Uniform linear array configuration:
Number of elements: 32
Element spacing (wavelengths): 0.75
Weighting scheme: uniform
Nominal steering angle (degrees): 30
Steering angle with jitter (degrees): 29.823
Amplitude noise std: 0.05
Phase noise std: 0.05

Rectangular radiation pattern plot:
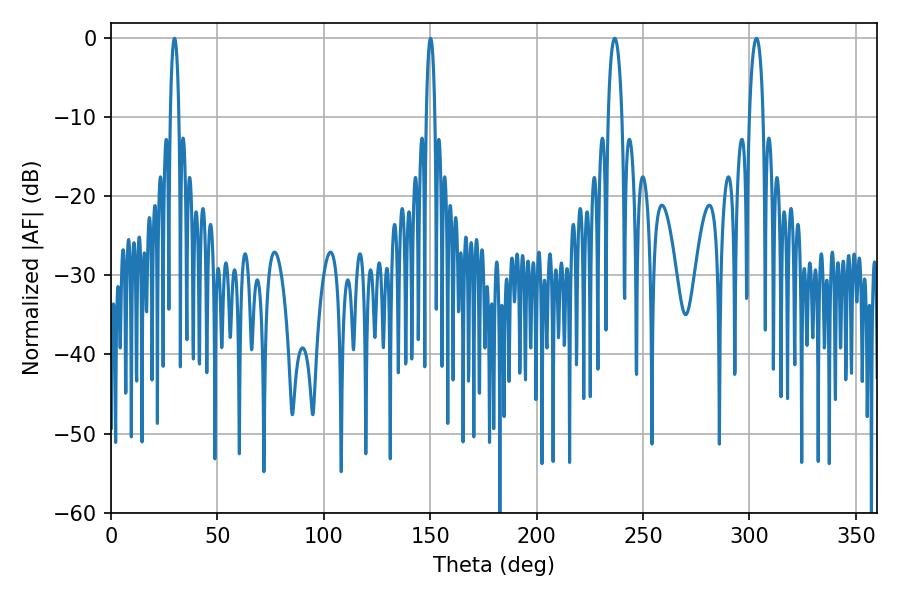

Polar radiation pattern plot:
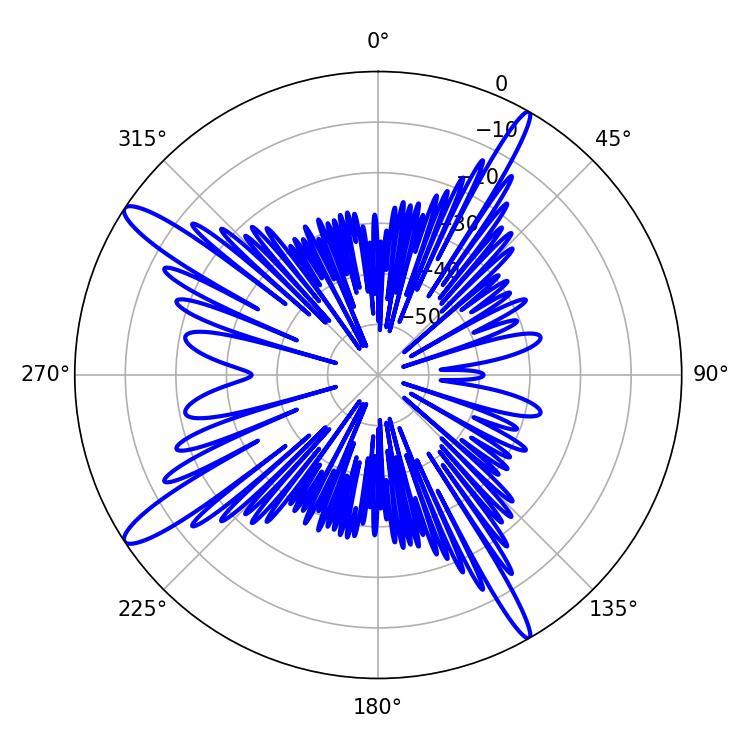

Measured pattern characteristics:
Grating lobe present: TRUE
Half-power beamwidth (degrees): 3.6
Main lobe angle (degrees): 236.7